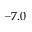
- 7 . 0